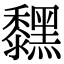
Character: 𪒚